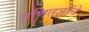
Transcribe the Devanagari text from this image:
गणितज्ञोंने